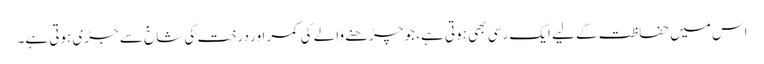
اس میں حفاظت کے لیے ایک رسی بھی ہوتی ہے، جو چڑھنے والے کی کمر اور درخت کی شاخ سے جڑی ہوتی ہے۔